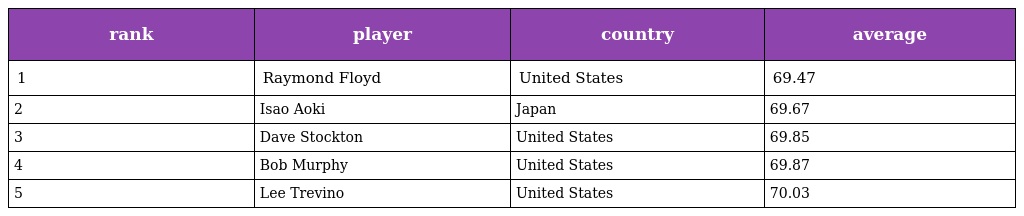
| rank | player | country | average |
 | --- | --- | --- | --- |
 | 1 | Raymond Floyd | United States | 69.47 |
 | 2 | Isao Aoki | Japan | 69.67 |
 | 3 | Dave Stockton | United States | 69.85 |
 | 4 | Bob Murphy | United States | 69.87 |
 | 5 | Lee Trevino | United States | 70.03 |